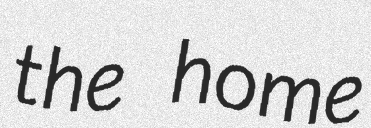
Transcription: the home